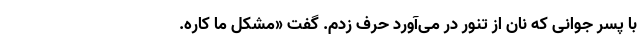
با پسر جوانی که نان از تنور در می‌آورد حرف زدم. گفت «مشکل ما کاره.